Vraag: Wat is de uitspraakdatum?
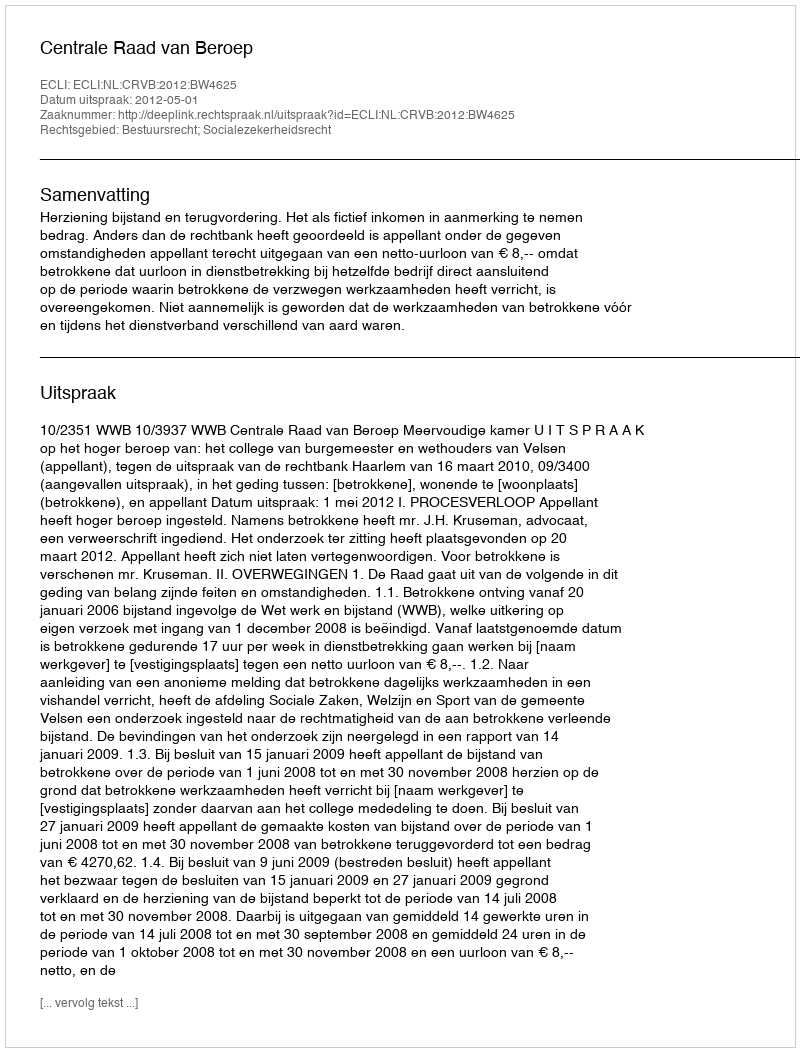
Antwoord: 2012-05-01